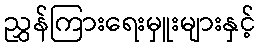
ညွှန်ကြားရေးမှူးများနှင့်